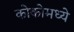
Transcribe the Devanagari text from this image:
कोकोमध्ये